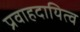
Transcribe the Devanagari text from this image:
प्रवाहदायित्व